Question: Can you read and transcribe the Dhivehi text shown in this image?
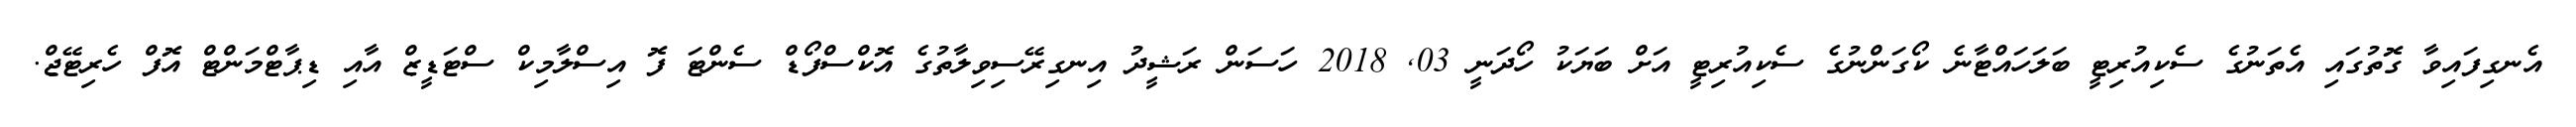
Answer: އެނގިފައިވާ ގޮތުގައި އެތަނުގެ ސެކިއުރިޓީ ބަލަހައްޓާނެ ކޯގަންނުގެ ސެކިއުރިޓީ އަށް ބަޔަކު ހޯދަނީ 03, 2018 ހަސަން ރަޝީދު އިނގިރޭސިވިލާތުގެ އޮކްސްފޯޑް ސެންޓަ ފޮ އިސްލާމިކް ސްޓަޑީޒް އާއި ޑިޕާޓްމަންޓް އޮފް ހެރިޓޭޖް.